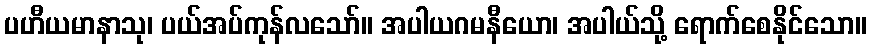
ပဟီယမာနာသု၊ ပယ်အပ်ကုန်လသော်။ အပါယဂမနီယော၊ အပါယ်သို့ ရောက်စေနိုင်သော။